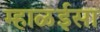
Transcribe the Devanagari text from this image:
म्हाळईसा